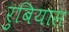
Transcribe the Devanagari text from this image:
रुबियास